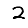
Digit: 2